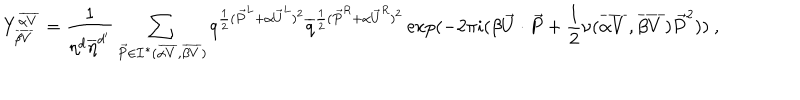
LaTeX: Y _ { \overline { { { \beta V } } } } ^ { \overline { { { \alpha V } } } } = { \frac { 1 } { \eta ^ { d } { \overline { { \eta } } } ^ { d ^ { \prime } } } } \sum _ { { \vec { P } } \in { \cal I } ^ { * } ( { \overline { { { \alpha V } } } } , { \overline { { { \beta V } } } } ) } q ^ { { \frac { 1 } { 2 } } ( { \vec { P } } ^ { L } + \alpha { \vec { U } } ^ { L } ) ^ { 2 } } { \overline { { q } } } ^ { { \frac { 1 } { 2 } } ( { \vec { P } } ^ { R } + \alpha { \vec { U } } ^ { R } ) ^ { 2 } } \exp ( - 2 \pi i ( \beta { \vec { U } } \cdot { \vec { P } } + { \frac { 1 } { 2 } } \nu ( { \overline { { { \alpha V } } } } , { \overline { { { \beta V } } } } ) { \vec { P } } ^ { 2 } ) ) ~ ,